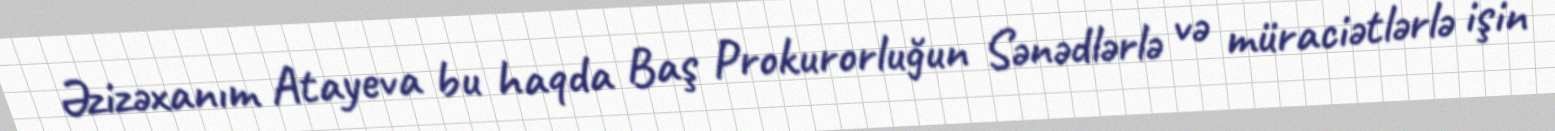
Əzizəxanım Atayeva bu haqda Baş Prokurorluğun Sənədlərlə və müraciətlərlə işin